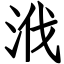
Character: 浌